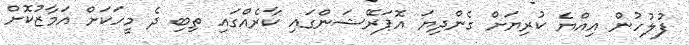
ފުލުހުން އިއްޔެ ކުރިޔަށް ގެންދިޔަ އޮޕަރޭޝަންގައި ކާރެއްގައި ތިބި ދެ މީހަކަށް އަމާޒުކޮށް